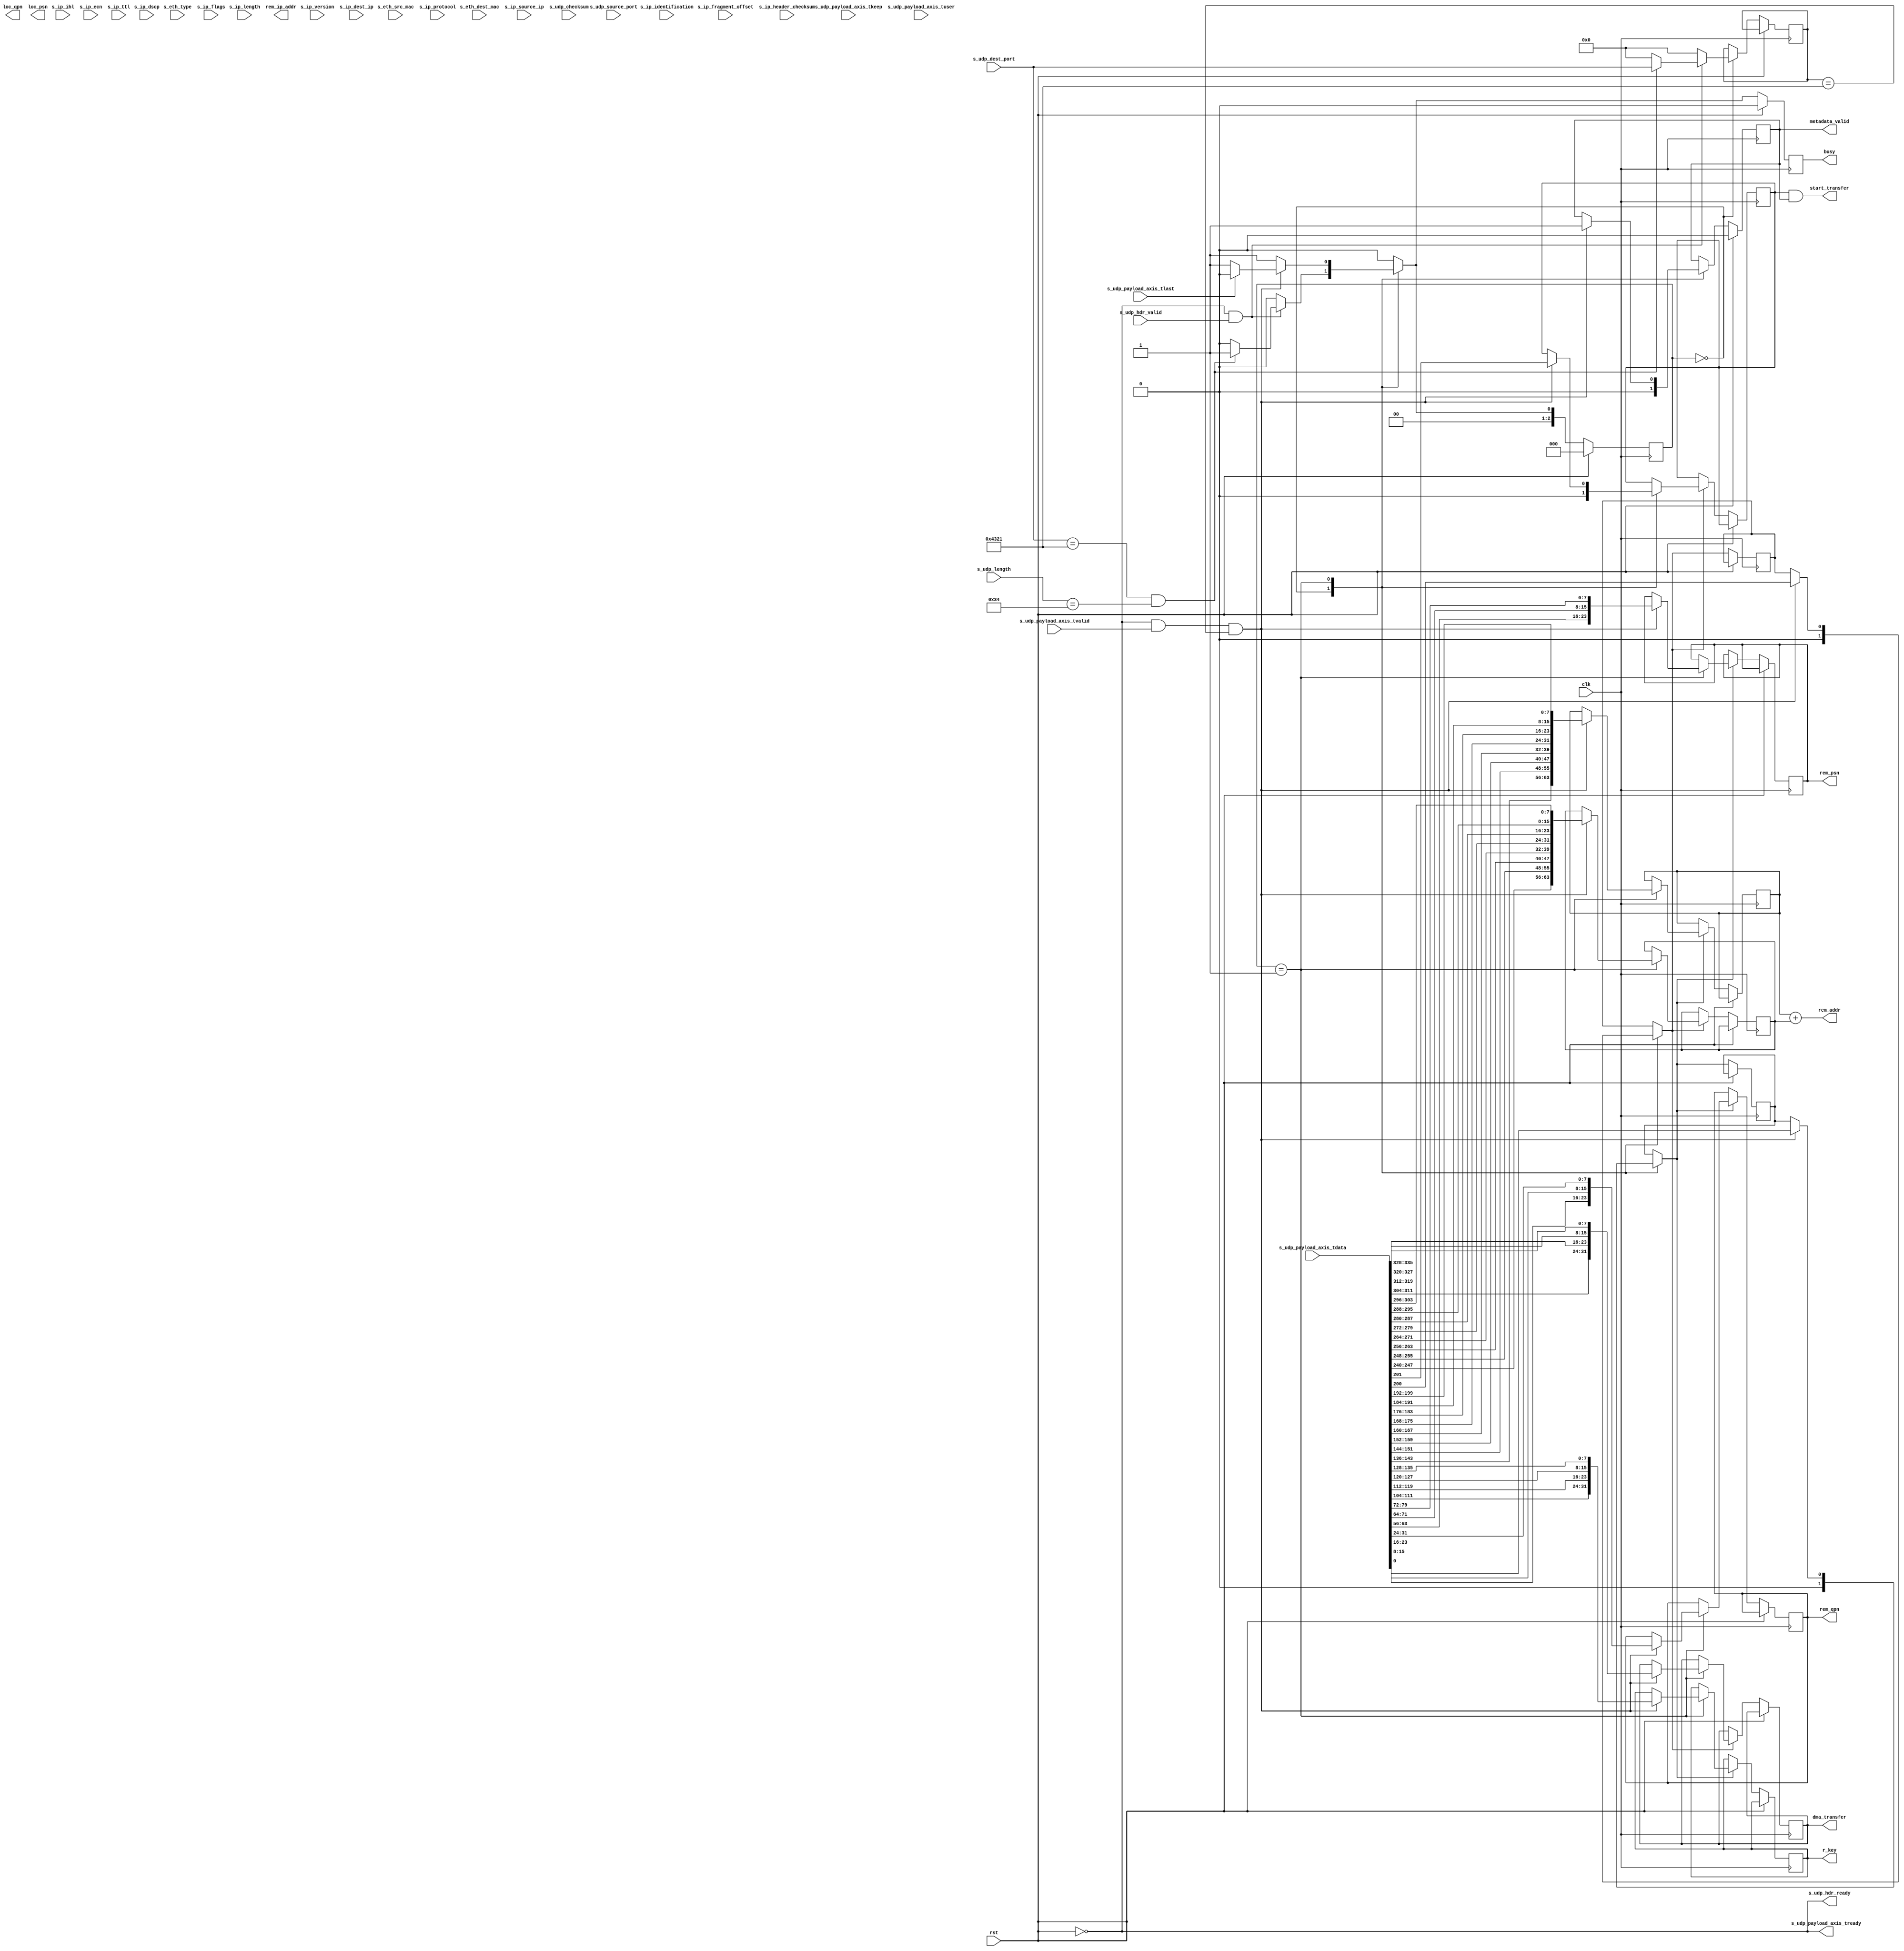
`resetall `timescale 1ns / 1ps `default_nettype none

/*
 * UDP ethernet frame receiver (IP frame in, UDP frame out, 64 bit datapath)
 */

/*
  * Structure
  * +---------+-------------+--------------------------+
  * | OCTETS  |  BIT RANGE  |       Field              |
  * +---------+-------------+--------------------------+
  * |   0     |  [0  :0  ]  |  QP_info_valid           |
  * |   0     |  [7  :1  ]  |  QP_info_reserved        |
  * | [3:1]   |  [31 :8  ]  |  QP_info_rem_qpn         |
  * | [6:4]   |  [55 :32 ]  |  QP_info_loc_qpn         |
  * | [9:7]   |  [79 :56 ]  |  QP_info_rem_psn         |
  * | [12:10] |  [103:80 ]  |  QP_info_loc_psn         |
  * | [16:13] |  [135:104]  |  QP_info_r_key           |
  * | [24:17] |  [199:136]  |  QP_info_rem_base_addr   |
  * +---------+-------------+--------------------------+
  * |   25    |  [200:200]  |  txmeta_valid            |
  * |   25    |  [201:201]  |  txmeta_start            |
  * |   25    |  [202:202]  |  txmeta_write_type       |
  * |   25    |  [207:203]  |  txmeta_reserved         |
  * | [29:26] |  [239:208]  |  txmeta_rem_ip_addr      |
  * | [37:30] |  [303:240]  |  txmeta_rem_addr_offset  |
  * | [41:38] |  [335:304]  |  txmeta_dma_length       |
  * | [43:42] |  [351:336]  |  txmeta_rem_udp_port     |
  * +---------+-------------+--------------------------+
  * TOTAL length 352 bits, 44 bytes
  */

module udp_RoCE_connection_manager_512 #(
    parameter LISTEN_UDP_PORT = 16'h4321
) (
    input wire clk,
    input wire rst,

    /*
     * UDP frame input
     */
    input  wire         s_udp_hdr_valid,
    output wire         s_udp_hdr_ready,
    input  wire [ 47:0] s_eth_dest_mac,
    input  wire [ 47:0] s_eth_src_mac,
    input  wire [ 15:0] s_eth_type,
    input  wire [  3:0] s_ip_version,
    input  wire [  3:0] s_ip_ihl,
    input  wire [  5:0] s_ip_dscp,
    input  wire [  1:0] s_ip_ecn,
    input  wire [ 15:0] s_ip_length,
    input  wire [ 15:0] s_ip_identification,
    input  wire [  2:0] s_ip_flags,
    input  wire [ 12:0] s_ip_fragment_offset,
    input  wire [  7:0] s_ip_ttl,
    input  wire [  7:0] s_ip_protocol,
    input  wire [ 15:0] s_ip_header_checksum,
    input  wire [ 31:0] s_ip_source_ip,
    input  wire [ 31:0] s_ip_dest_ip,
    input  wire [ 15:0] s_udp_source_port,
    input  wire [ 15:0] s_udp_dest_port,
    input  wire [ 15:0] s_udp_length,
    input  wire [ 15:0] s_udp_checksum,
    input  wire [511:0] s_udp_payload_axis_tdata,
    input  wire [ 63:0] s_udp_payload_axis_tkeep,
    input  wire         s_udp_payload_axis_tvalid,
    output wire         s_udp_payload_axis_tready,
    input  wire         s_udp_payload_axis_tlast,
    input  wire         s_udp_payload_axis_tuser,

    /*
     * RoCE QP parameters
     */
    output wire [31:0] dma_transfer,
    output wire [31:0] r_key,
    output wire [23:0] rem_qpn,
    output wire [23:0] loc_qpn,
    output wire [23:0] rem_psn,
    output wire [23:0] loc_psn,
    output wire [31:0] rem_ip_addr,
    output wire [63:0] rem_addr,
    output wire        start_transfer,

    output wire metadata_valid,

    /*
     * Status signals
     */
    output wire busy
);

  localparam [2:0] STATE_IDLE = 3'd0, STATE_READ_METADATA = 3'd1;

  reg [2:0] state_reg = STATE_IDLE, state_next;

  reg s_udp_hdr_ready_reg = 1'b0, s_udp_hdr_ready_next;
  reg s_udp_payload_axis_tready_reg = 1'b0, s_udp_payload_axis_tready_next;

  reg m_udp_hdr_valid_reg = 1'b0, m_udp_hdr_valid_next;

  reg busy_reg = 1'b0;

  reg [15:0] udp_port_reg, udp_port_next;

  reg qp_info_valid_reg, qp_info_valid_next;
  reg [23:0] qp_info_rem_qpn_reg, qp_info_rem_qpn_next;
  reg [23:0] qp_info_loc_qpn_reg, qp_info_loc_qpn_next;
  reg [23:0] qp_info_rem_psn_reg, qp_info_rem_psn_next;
  reg [23:0] qp_info_loc_psn_reg, qp_info_loc_psn_next;
  reg [31:0] qp_info_r_key_reg, qp_info_r_key_next;
  reg [63:0] qp_info_rem_base_addr_reg, qp_info_rem_base_addr_next;

  reg txmeta_valid_reg, txmeta_valid_next;
  reg txmeta_start_reg, txmeta_start_next;
  reg txmeta_write_type_reg, txmeta_write_type_next;
  reg [31:0] txmeta_rem_ip_addr_reg, txmeta_rem_ip_addr_next;
  reg [63:0] txmeta_rem_addr_offset_reg, txmeta_rem_addr_offset_next;
  reg [31:0] txmeta_dma_lentgh_reg, txmeta_dma_lentgh_next;
  reg [15:0] txmeta_rem_udp_port_reg, txmeta_rem_udp_port_next;



  reg metadata_valid_reg, metadata_valid_next;

  assign s_udp_hdr_ready = ~rst;
  assign s_udp_payload_axis_tready = ~rst;

  assign busy = busy_reg;

  always @* begin

    state_next                     = STATE_IDLE;

    s_udp_hdr_ready_next           = 1'b0;
    s_udp_payload_axis_tready_next = 1'b0;

    m_udp_hdr_valid_next           = m_udp_hdr_valid_reg;

    metadata_valid_next            = metadata_valid_reg;

    udp_port_next                  = udp_port_reg;

    qp_info_valid_next             = qp_info_valid_reg;
    qp_info_rem_qpn_next           = qp_info_rem_qpn_reg;
    qp_info_loc_qpn_next           = qp_info_loc_qpn_reg;
    qp_info_rem_psn_next           = qp_info_rem_psn_reg;
    qp_info_loc_psn_next           = qp_info_loc_psn_reg;
    qp_info_r_key_next             = qp_info_r_key_reg;
    qp_info_rem_base_addr_next     = qp_info_rem_base_addr_reg;

    txmeta_valid_next              = txmeta_valid_reg;
    txmeta_start_next              = txmeta_start_reg;
    txmeta_write_type_next         = txmeta_write_type_reg;
    txmeta_rem_ip_addr_next        = txmeta_rem_ip_addr_reg;
    txmeta_rem_addr_offset_next    = txmeta_rem_addr_offset_reg;
    txmeta_dma_lentgh_next         = txmeta_dma_lentgh_reg;
    txmeta_rem_udp_port_next       = txmeta_rem_udp_port_reg;

    case (state_reg)
      STATE_IDLE: begin
        metadata_valid_next  = 1'b0;
        // idle state - wait for header
        s_udp_hdr_ready_next = !m_udp_hdr_valid_next;

        udp_port_next        = 16'd0;

        qp_info_valid_next   = 1'b0;
        txmeta_valid_next    = 1'b0;
        txmeta_start_next    = 1'b0;

        if (s_udp_hdr_ready && s_udp_hdr_valid) begin
          if (s_udp_dest_port == LISTEN_UDP_PORT && s_udp_length == 16'd52) begin
            state_next = STATE_READ_METADATA;
            udp_port_next = s_udp_dest_port;
            s_udp_hdr_ready_next = 1'b0;
            s_udp_payload_axis_tready_next = 1'b1;
          end else begin
            state_next = STATE_IDLE;
          end
        end else begin
          state_next = STATE_IDLE;
        end
      end
      STATE_READ_METADATA: begin
        // read header state
        s_udp_payload_axis_tready_next = 1'b1;
        state_next = STATE_READ_METADATA;

        if (s_udp_payload_axis_tready && s_udp_payload_axis_tvalid && udp_port_reg == LISTEN_UDP_PORT) begin

          qp_info_valid_next = s_udp_payload_axis_tdata[0];
          qp_info_rem_qpn_next = {
            s_udp_payload_axis_tdata[15:8],
            s_udp_payload_axis_tdata[23:16],
            s_udp_payload_axis_tdata[31:24]

          };
          qp_info_loc_qpn_next = {
            s_udp_payload_axis_tdata[39:32],
            s_udp_payload_axis_tdata[47:40],
            s_udp_payload_axis_tdata[55:48]
          };

          qp_info_rem_psn_next = {
            s_udp_payload_axis_tdata[63:56],
            s_udp_payload_axis_tdata[71:64],
            s_udp_payload_axis_tdata[79:72]
          };
          qp_info_loc_psn_next = {
            s_udp_payload_axis_tdata[87:80],
            s_udp_payload_axis_tdata[95:88],
            s_udp_payload_axis_tdata[103:96]
          };
          qp_info_r_key_next = {
            s_udp_payload_axis_tdata[111:104],
            s_udp_payload_axis_tdata[119:112],
            s_udp_payload_axis_tdata[127:120],
            s_udp_payload_axis_tdata[135:128]
          };

          qp_info_rem_base_addr_next = {
            s_udp_payload_axis_tdata[143:136],
            s_udp_payload_axis_tdata[151:144],
            s_udp_payload_axis_tdata[159:152],
            s_udp_payload_axis_tdata[167:160],
            s_udp_payload_axis_tdata[175:168],
            s_udp_payload_axis_tdata[183:176],
            s_udp_payload_axis_tdata[191:184],
            s_udp_payload_axis_tdata[199:192]
          };

          txmeta_valid_next = s_udp_payload_axis_tdata[200];
          txmeta_start_next = s_udp_payload_axis_tdata[201];
          txmeta_write_type_next = s_udp_payload_axis_tdata[202];
          txmeta_rem_ip_addr_next = {
            s_udp_payload_axis_tdata[215:208],
            s_udp_payload_axis_tdata[223:216],
            s_udp_payload_axis_tdata[231:224],
            s_udp_payload_axis_tdata[239:232]
          };
          txmeta_rem_addr_offset_next = {
            s_udp_payload_axis_tdata[247:240],
            s_udp_payload_axis_tdata[255:248],
            s_udp_payload_axis_tdata[263:256],
            s_udp_payload_axis_tdata[271:264],
            s_udp_payload_axis_tdata[279:272],
            s_udp_payload_axis_tdata[287:280],
            s_udp_payload_axis_tdata[295:288],
            s_udp_payload_axis_tdata[303:296]
          };
          txmeta_dma_lentgh_next = {
            s_udp_payload_axis_tdata[311:304],
            s_udp_payload_axis_tdata[319:312],
            s_udp_payload_axis_tdata[327:320],
            s_udp_payload_axis_tdata[335:328]
          };

          txmeta_rem_udp_port_next = {
            s_udp_payload_axis_tdata[343:336], s_udp_payload_axis_tdata[351:344]
          };
          metadata_valid_next = 1'b1;

          if (s_udp_payload_axis_tlast) begin
            m_udp_hdr_valid_next = 1'b0;
            s_udp_hdr_ready_next = !m_udp_hdr_valid_next;
            s_udp_payload_axis_tready_next = 1'b0;
            state_next = STATE_IDLE;
          end

        end else begin
          state_next = STATE_READ_METADATA;
        end
      end
    endcase
  end

  always @(posedge clk) begin
    if (rst) begin
      state_reg                     <= STATE_IDLE;
      s_udp_hdr_ready_reg           <= 1'b0;
      s_udp_payload_axis_tready_reg <= 1'b0;
      m_udp_hdr_valid_reg           <= 1'b0;
      busy_reg                      <= 1'b0;
      metadata_valid_reg            <= 1'b0;

    end else begin
      state_reg                     <= state_next;

      metadata_valid_reg            <= metadata_valid_next;

      s_udp_hdr_ready_reg           <= s_udp_hdr_ready_next;
      s_udp_payload_axis_tready_reg <= s_udp_payload_axis_tready_next;

      m_udp_hdr_valid_reg           <= m_udp_hdr_valid_next;

      udp_port_reg                  <= udp_port_next;

      qp_info_valid_reg             <= qp_info_valid_next;
      if (qp_info_valid_next) begin
        qp_info_rem_qpn_reg       <= qp_info_rem_qpn_next;
        qp_info_loc_qpn_reg       <= qp_info_loc_qpn_next;
        qp_info_rem_psn_reg       <= qp_info_rem_psn_next;
        qp_info_loc_psn_reg       <= qp_info_loc_psn_next;
        qp_info_r_key_reg         <= qp_info_r_key_next;
        qp_info_rem_base_addr_reg <= qp_info_rem_base_addr_next;
      end

      txmeta_valid_reg <= txmeta_valid_next;
      if (txmeta_valid_next) begin
        txmeta_start_reg           <= txmeta_start_next;
        txmeta_write_type_reg      <= txmeta_write_type_next;
        txmeta_rem_ip_addr_reg     <= txmeta_rem_ip_addr_next;
        txmeta_rem_addr_offset_reg <= txmeta_rem_addr_offset_next;
        txmeta_dma_lentgh_reg      <= txmeta_dma_lentgh_next;
        txmeta_rem_udp_port_reg    <= txmeta_rem_udp_port_next;
      end

      busy_reg <= state_next != STATE_IDLE;
    end


  end

  assign dma_transfer   = txmeta_dma_lentgh_reg;
  assign r_key          = qp_info_r_key_reg;
  assign rem_qpn        = qp_info_rem_qpn_reg;
  assign rem_psn        = qp_info_rem_psn_reg;
  assign rem_addr       = qp_info_rem_base_addr_reg + txmeta_rem_addr_offset_reg;
  assign start_transfer = txmeta_start_reg & metadata_valid_reg;

  assign metadata_valid = metadata_valid_reg;

endmodule

`resetall